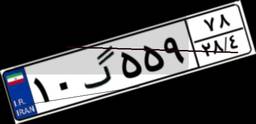
۱۰گ۵۵۹۷۸